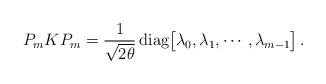
\begin{align*}P_m K P_m ={1\over \sqrt{2\theta}}\, {\rm diag}\bigl[\lambda_0,\lambda_1,\cdots,\lambda_{m-1}\bigr]\,.\end{align*}